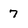
Character: 7